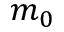
m _ { 0 }